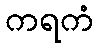
ကရကံ